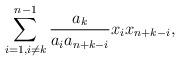
LaTeX: \begin{align*}\sum_{i=1, i \ne k}^{n-1} \frac{a_k}{a_i a_{n+k-i}}x_i x_{n+k-i},\end{align*}